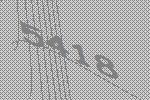
5418